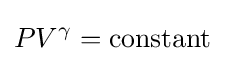
PV^{\gamma }=\mathrm {constant}